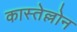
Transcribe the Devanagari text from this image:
कास्तेल्लोन